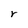
Character: r